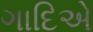
ગાદિએ